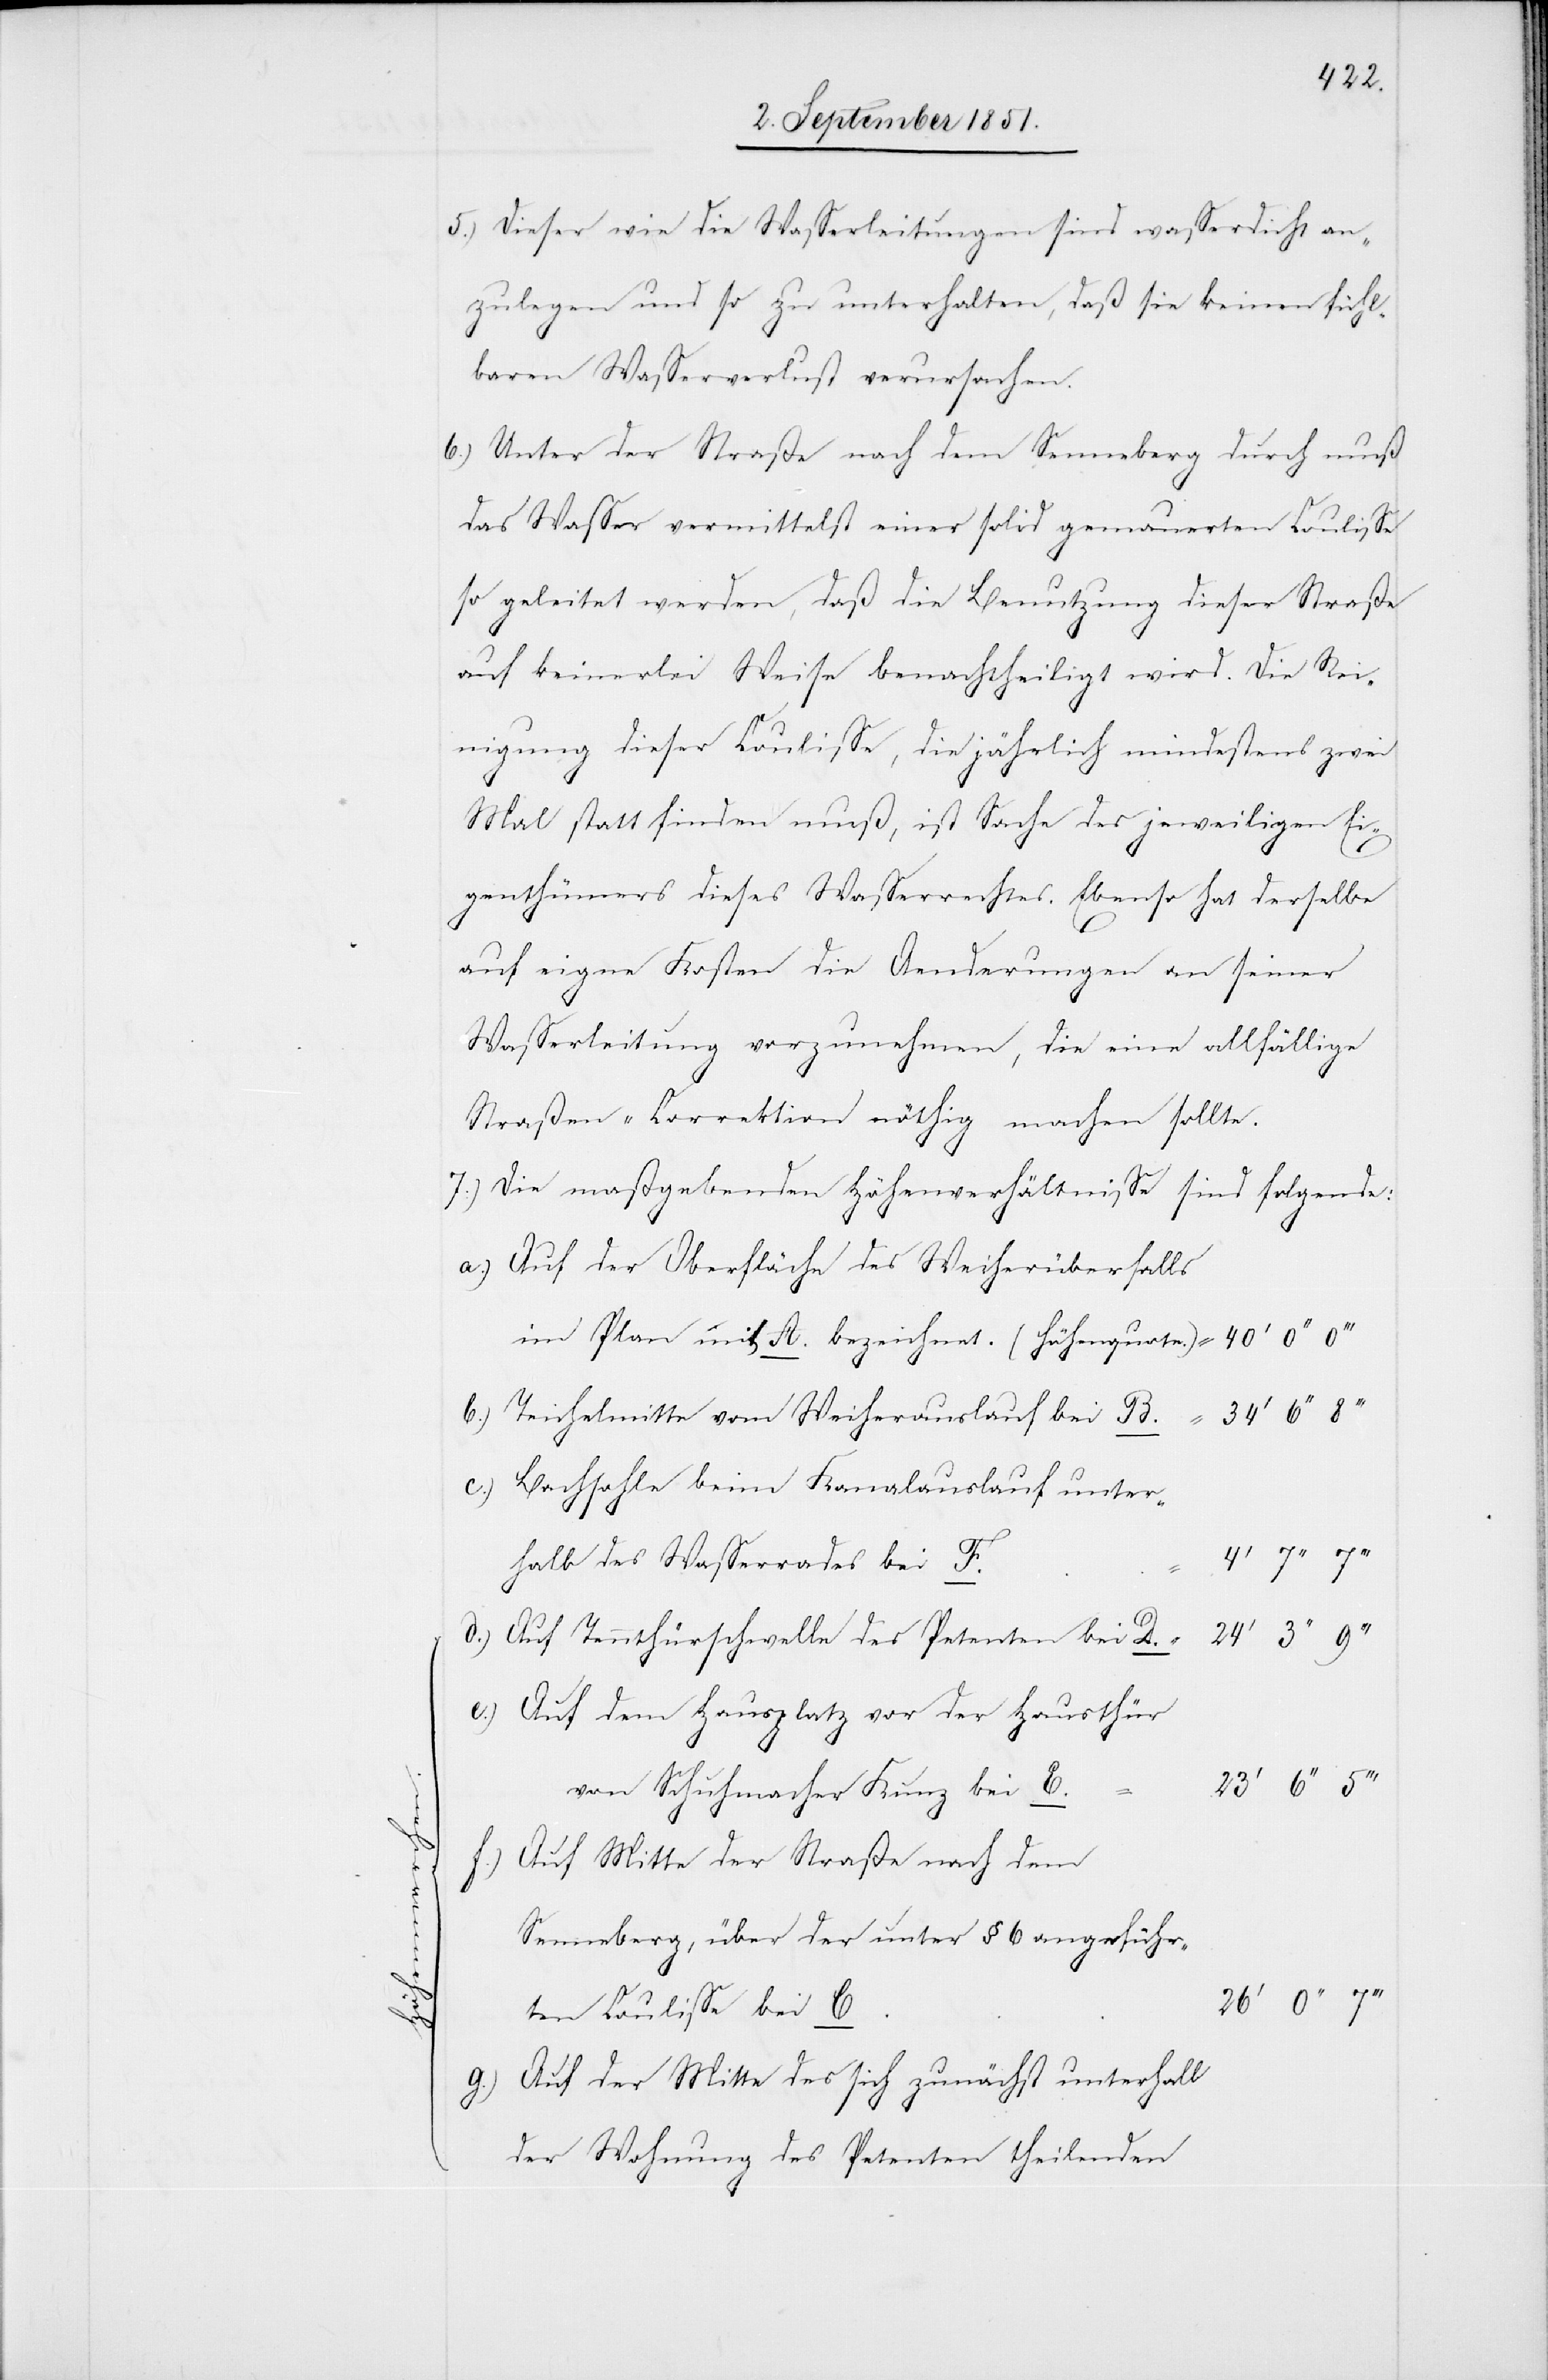
Dieser wie die Wasserleitungen sind wasserdicht an¬
zulegen und so zu unterhalten, daß sie keinen fühl¬
baren Wasserverlust verursachen.
Unter der Straße nach dem Senneberg durch muß
das Wasser vermittelst einer solid gemauerten Coulisse
so geleitet werden, daß die Benutzung dieser Straße
auf keinerlei Weise benachtheiligt wird. Die Rei¬
nigung dieser Coulisse, die jährlich mindestens zwei
Mal statt finden muß, ist Sache des jeweiligen Ei¬
genthümers dieses Wasserrechtes. Ebenso hat derselbe
auf eigne Kosten die Aenderungen an seiner
Wasserleitung vorzunehmen, die eine allfällige
Straßen-Correktion nöthig machen sollte.
Die maßgebenden Höhenverhältnisse sind folgende:
Auf der Oberfläche des Weiherüberfalls
im Plan mit A. bezeichnet. (Höhenquote.) =
Teichelmitte vom Weiherauslauf bei B. =
Bachsohle beim Kanalauslauf unter¬
halb des Wasserrades bei F.
Auf Tennthürschwelle des Petenten bei D. =
Auf dem Hausplatz vor der Hausthür
von Schuhmacher Kunz bei E.
Auf Mitte der Straße nach dem
Senneberg, über der unter § 6 angeführ¬
ten Coulisse bei C.
Auf der Mitte des sich zunächst unterhalb
der Wohnung des Petenten theilenden